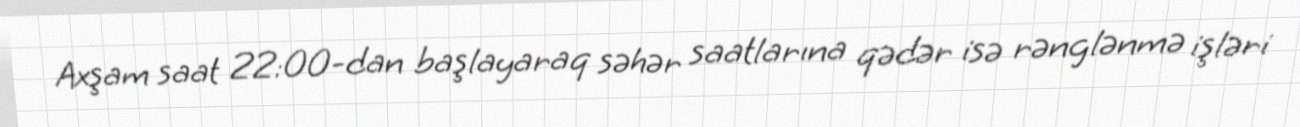
Axşam saat 22:00-dan başlayaraq səhər saatlarına qədər isə rənglənmə işləri